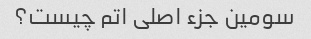
سومین جزء اصلی اتم چیست؟